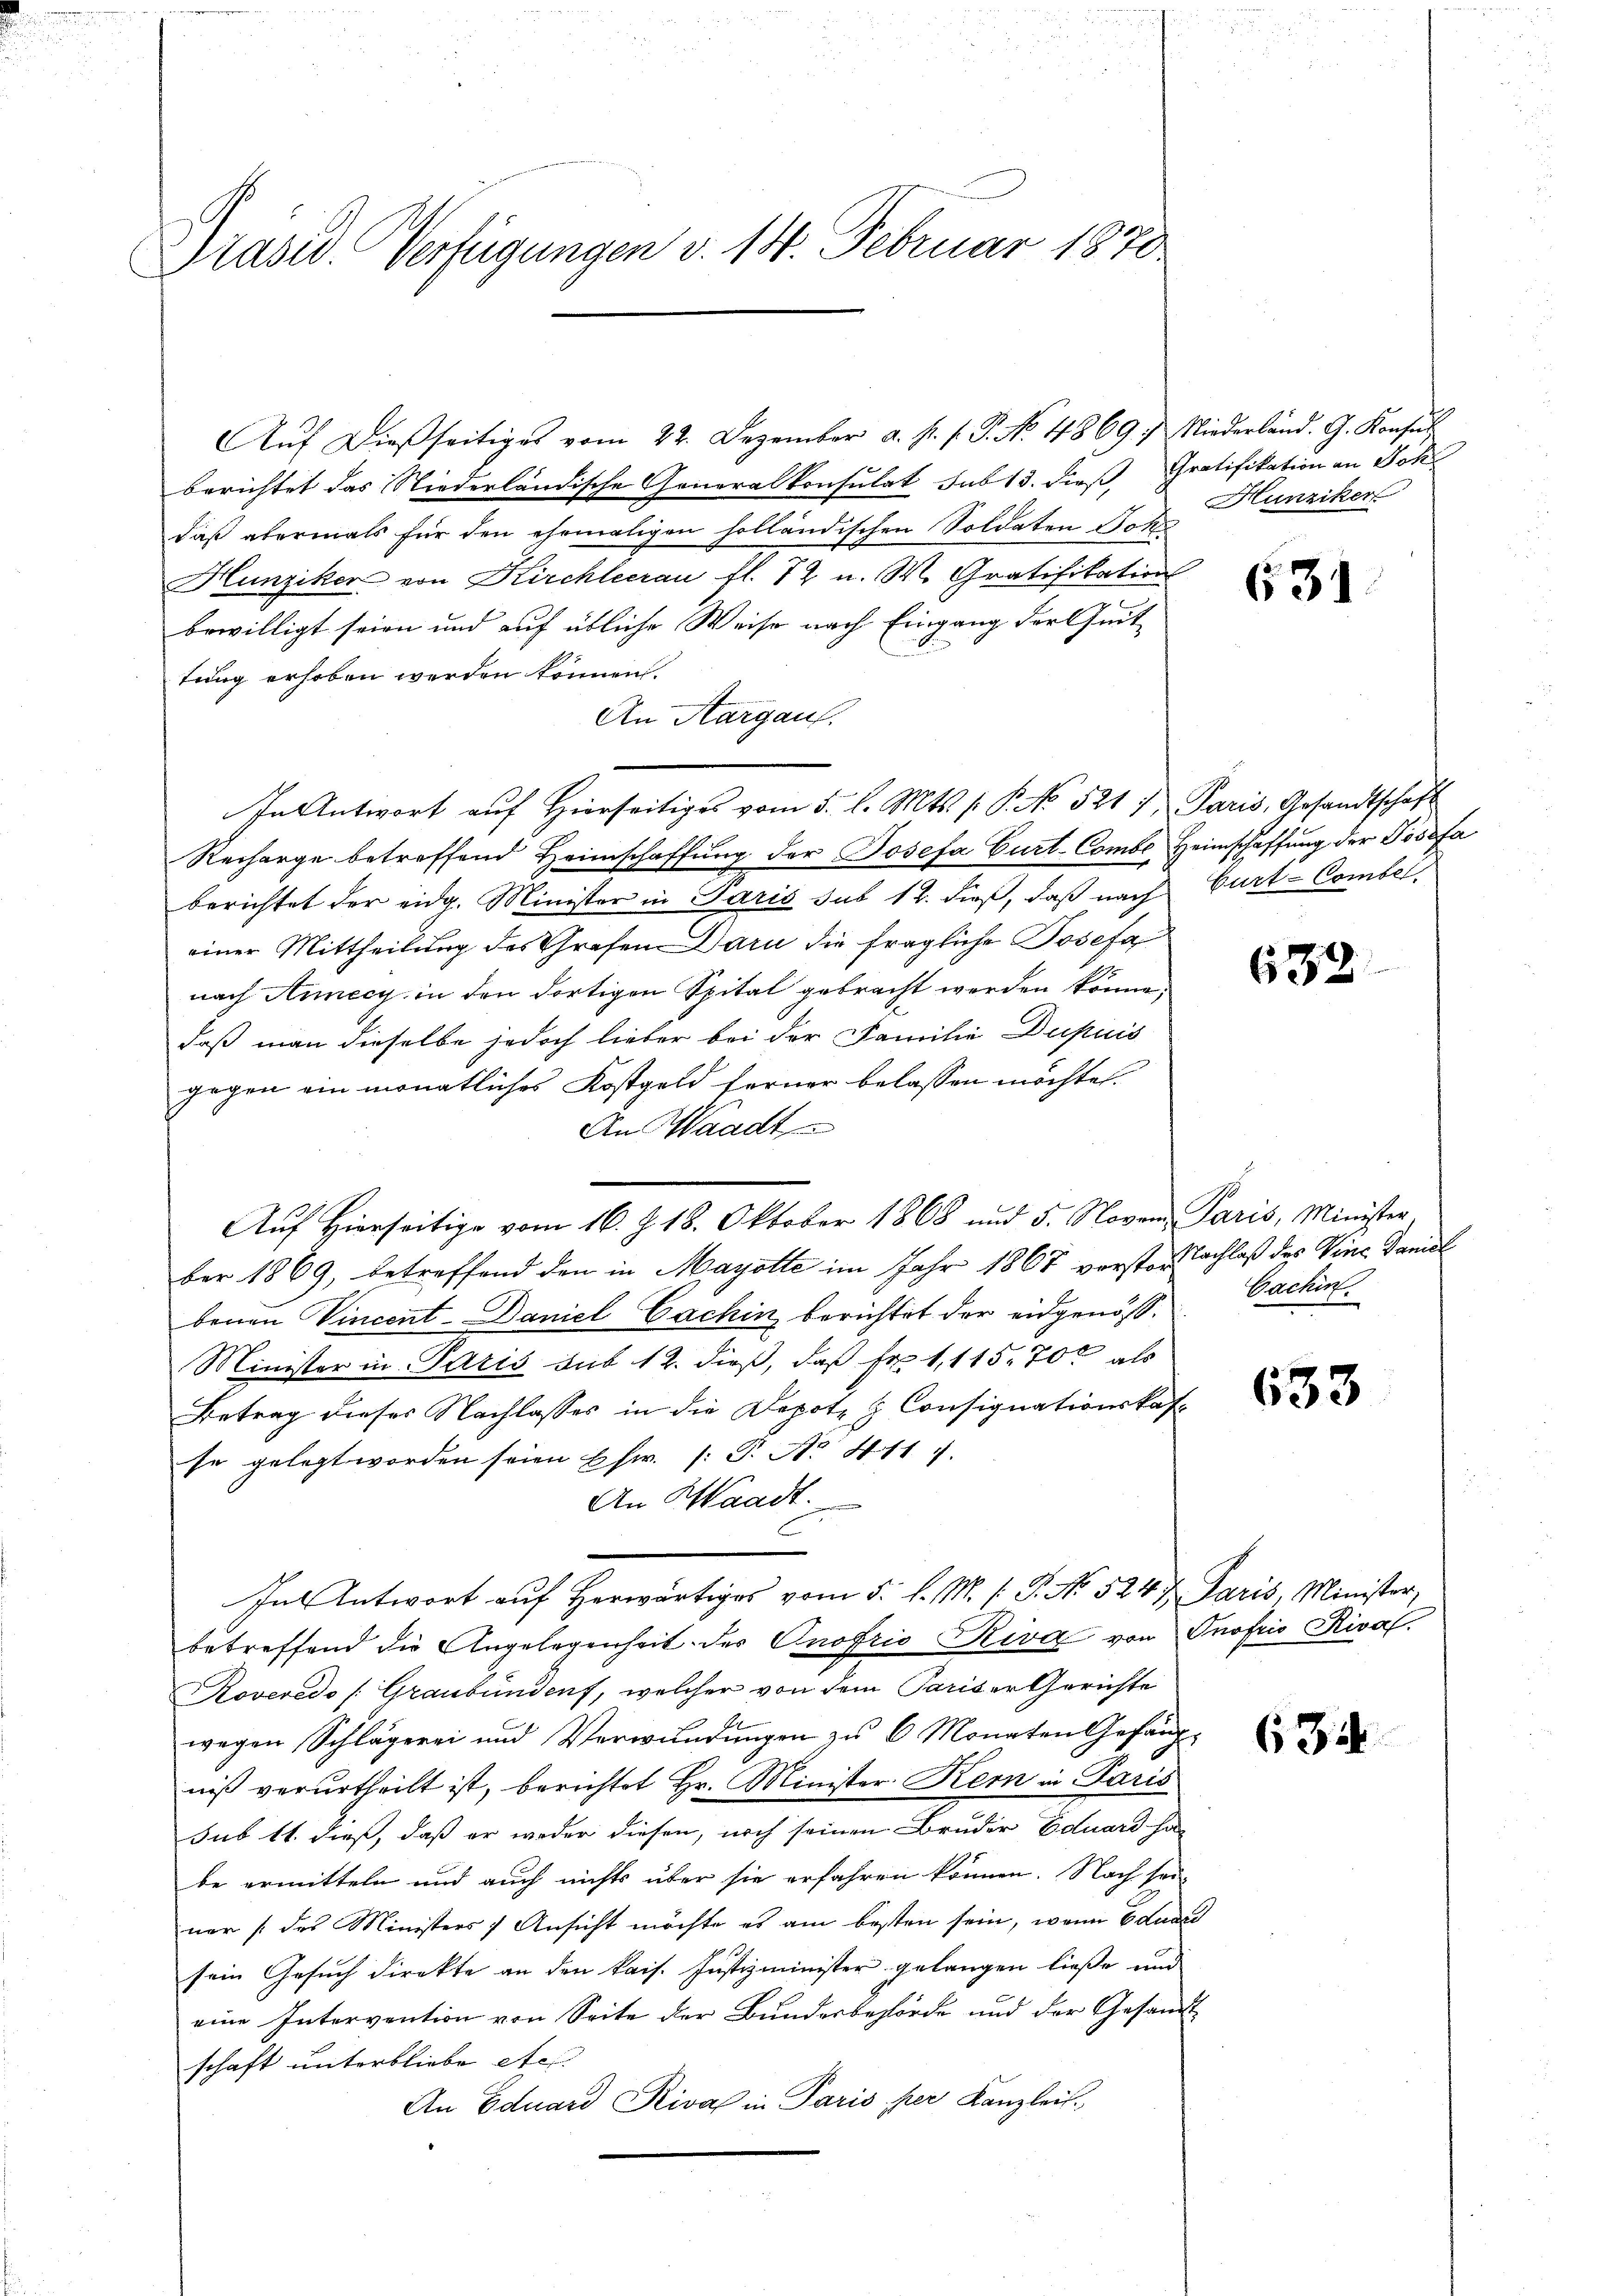
e

Präsid. Verfügungen v. 14. Februar 1870

Aŭf dießseitiges vom 22. Dezember a. s. f. P. No. 4869. Niederland. G. Konsul
berichtet das Niederländische Generalkonsulat sub 13. dieß, Gratifikation an Joki
daß abermals für den ehemaligen holländischen Soldaten Joh
Hunziker von Kirchleerau fl. 72 u. W. Gratifikations
bewilligt seien und auf übliche Weise nach Eingang der leit
tung erhoben werden können.
An Aargau.
In Antwort auf Hierseitiges vom 5. d. Mts. (: P. No 5217, Paris, Gesandtschaft
Recharge betreffend Heimschaffung der Josefa Curt-Combe Heimschaffung der Josefa
berichtet der eidg. Minister in Paris sub 12. dieß, daß nach Gurt-Combel,
einer Mittheilung des Grafen Darn die fragliche Josefa
nach Annecy in den dortigen Spital gebracht werden könne.
daß man dieselbe jedoch lieber bei der Familie Dupuis
gegen ein monatliches Kostgeld ferner belassen möchtet.
An Waadt
ber 1869, betreffend den in Mayolle im Jahr 1867 vorsten Nachlaß des Vine Daniel
benen Vincent-Daniel Cachin berichtet der eidgenös¬
Minister in Paris sub 12. dieß, daß Fr. 1,115. 70 als
Betrag dieser Nachlasses in die Depote & Consignationskasse gelegt worden seien usw. P. Nr. 411 47.
An Waadt.
C
In Antwort aŭf herwärtiges vom 5. l. M. s. P. No 524 u. Paris, Minister,
betreffend die Angelegenheit der Onofrio Riva von Gnofrio Rival.
Roveredo /:Graubünden, welcher von dem Pariser Gerichte
wegen Schlägerei und Verwŭndŭngen zu 6 Monaten Gefängniß verurtheilt ist, berichtet Hr. Minister Kern in Paris
sub 11. dieß, daß er weder diesen, noch seinen Bruder Eduard ha
be ermitteln und auch nichts über sie erfahren können. Nach seiner (des Ministers Ansicht möchte es am besten sein, wenn Eduard
sein Gesuch direkte an den kais. Justizminister gelangen ließe und
eine Intervention von Seite der Bundesbehörde und der Gesandt
schaft unterbliebe etc.
An Eduard Rival in Paris per Kanzleit

Auf Hierseitige vom 16. J. 18. Oktober 1868 und 5. Noven Paris, Minister

Hunziker

631.

632

Bachofs

633

634